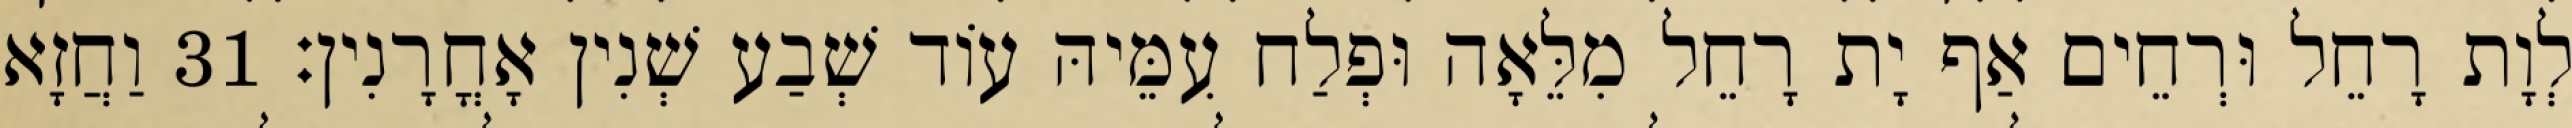
לְוָת רָחֵל וּרְחֵים אַף יָת רָחֵל מִלֵּאָה וּפְלַח עִמֵּיהּ עוֹד שְׁבַע שְׁנִין אָחֳרָנִין׃ 31 וַחֲזָא